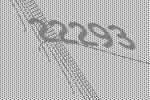
22293